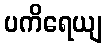
ပကိရေယျ